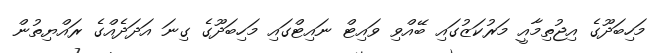
މަހިބަދޫގެ އިޖުތިމާއީ މަރުކަޒުގައި ބޭއްވި ވައިޓް ނައިޓްގައި މަހިބަދޫގެ ގިނަ އަދަދެއްގެ ރައްޔިތުން